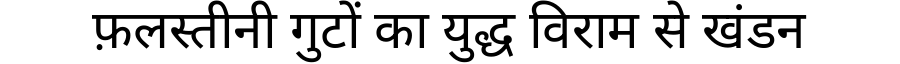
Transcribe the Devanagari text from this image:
फ़लस्तीनी गुटों का युद्ध विराम से खंडन